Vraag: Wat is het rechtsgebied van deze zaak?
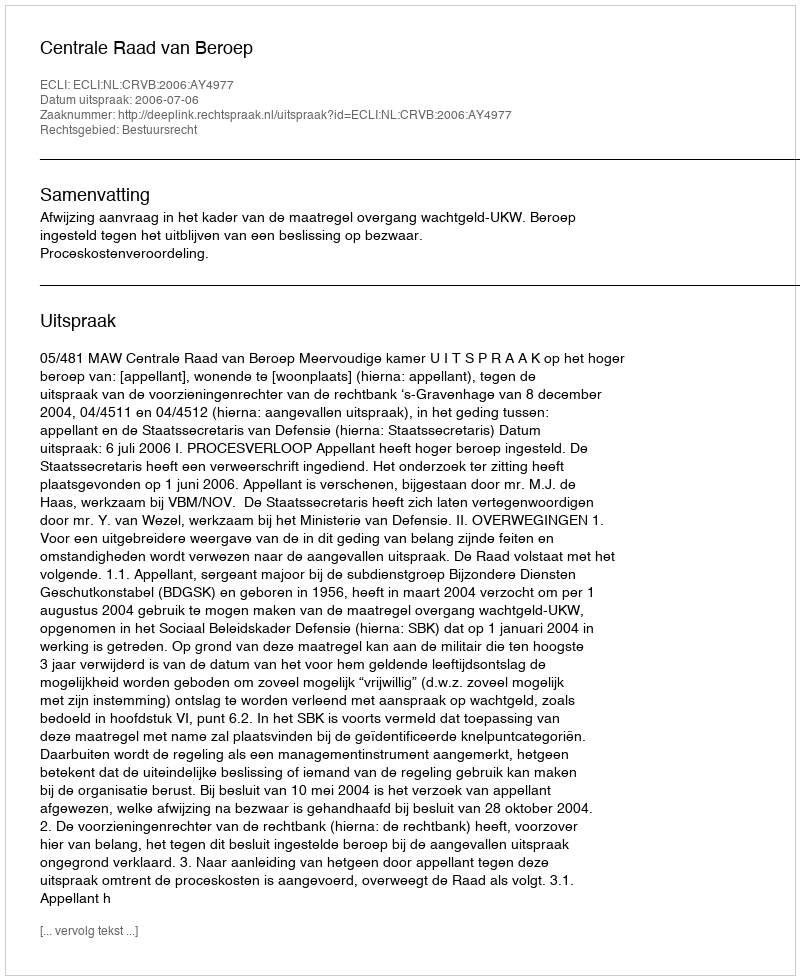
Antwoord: Bestuursrecht